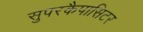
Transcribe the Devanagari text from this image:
सुपरकैपासिटर